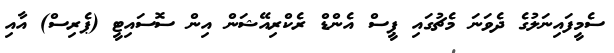
ސެމީފައިނަލުގެ ދެވަނަ މެޗުގައި ޕީސް އެންޑް ރެކްރިއޭޝަން އިން ސޮސައިޓީ (ޕެރިސް) އާއި